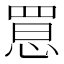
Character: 𢝮